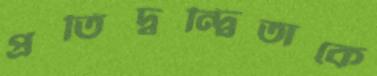
প্রতিদ্বন্দ্বিতাকে